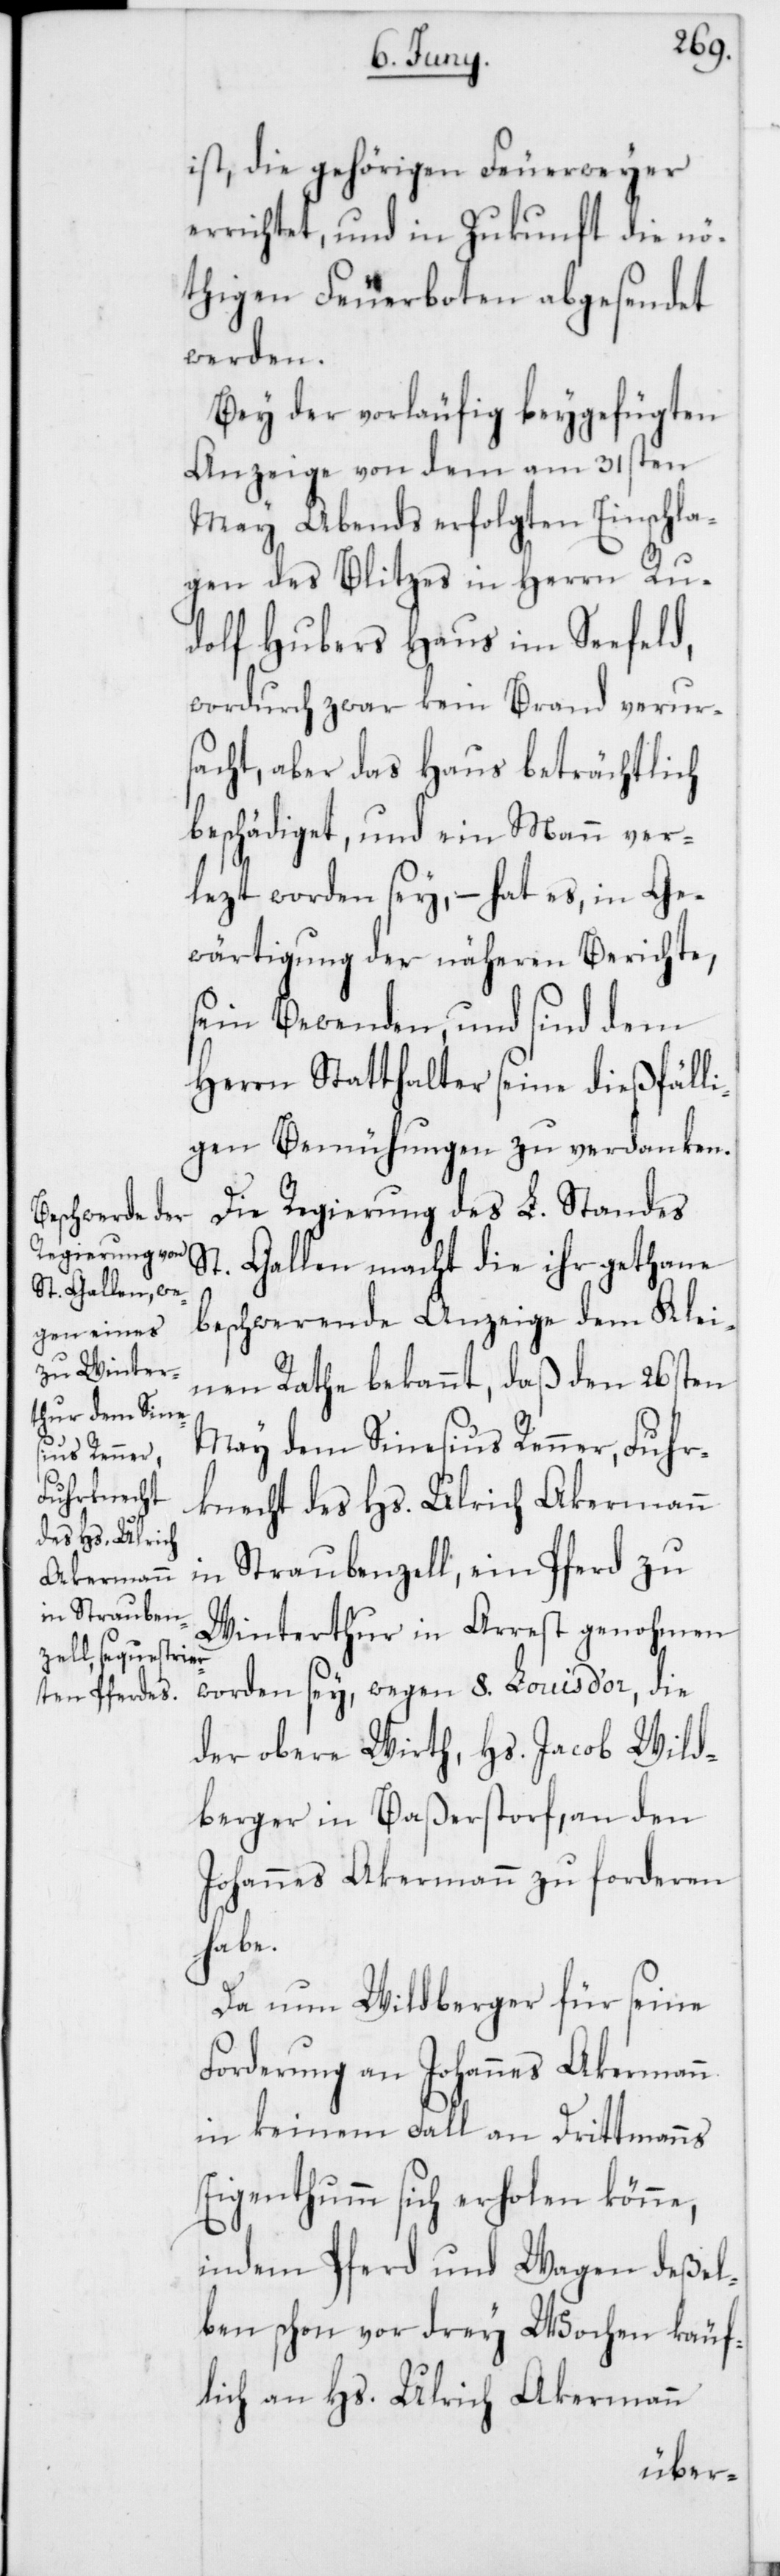
ist, die gehörigen Feuerweyer
errichtet, und in Zukunft die nö¬
thigen Feuerboten abgesendet
werden.
Bey der vorläufig beygefügten
Anzeige von dem am 31sten
May Abends erfolgten Einschla¬
gen des Blitzes in Herrn Ru¬
dolf Hubers Haus im Seefeld,
wordurch zwar kein Brand verur¬
sacht, aber das Haus beträchtlich
beschädiget, und ein Mann ver¬
lezt worden sey, – hat es, in Ge¬
wärtigung der näheren Berichte,
sein Bewenden, und sind dem
Herrn Statthalter seine dießfälli¬
gen Bemühungen zu verdanken.
Die Regierung des L. Standes
St. Gallen macht die ihr gethane
beschwerende Anzeige dem Klei¬
nen Rathe bekannt, daß den 26sten
May dem Sinesius Renner, Fuhr¬
knecht des Hs. Ulrich Akermann
in Straubenzell, ein Pferd zu
Winterthur in Arrest genohmen
worden sey, wegen 8. Louis d’or, die
der obere Wirth Hs. Jacob Wild¬
berger in Baßerstorf, an den
Johannes Akermann zu forderen
habe.
Da nun Wildberger für seine
Forderung an Johannes Akermann
in keinem Fall an Drittmanns
Eigenthum sich erholen könne,
indem Pferd und Wagen deßel¬
ben schon vor drey Wochen käuf¬
lich an Hs. Ulrich Akermann